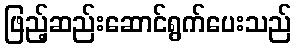
ဖြည့်ဆည်းဆောင်ရွက်ပေးသည်